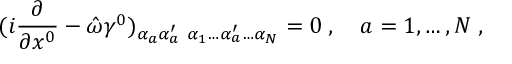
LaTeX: ( i { \frac { \partial } { \partial x ^ { 0 } } } - \hat { \omega } \gamma ^ { 0 } ) _ { \alpha _ { a } \alpha _ { a } ^ { \prime } } { \bf \Psi } _ { \alpha _ { 1 } \ldots \alpha _ { a } ^ { \prime } \ldots \alpha _ { N } } = 0 \; , \quad a = 1 , \ldots , N \; ,